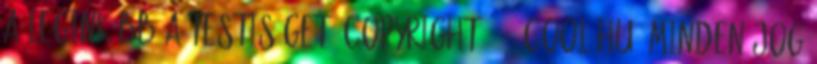
a leginkább a testiséget? Copyright 2015 cool.hu. Minden jog